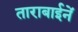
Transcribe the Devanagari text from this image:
ताराबाईनें